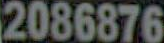
2086876